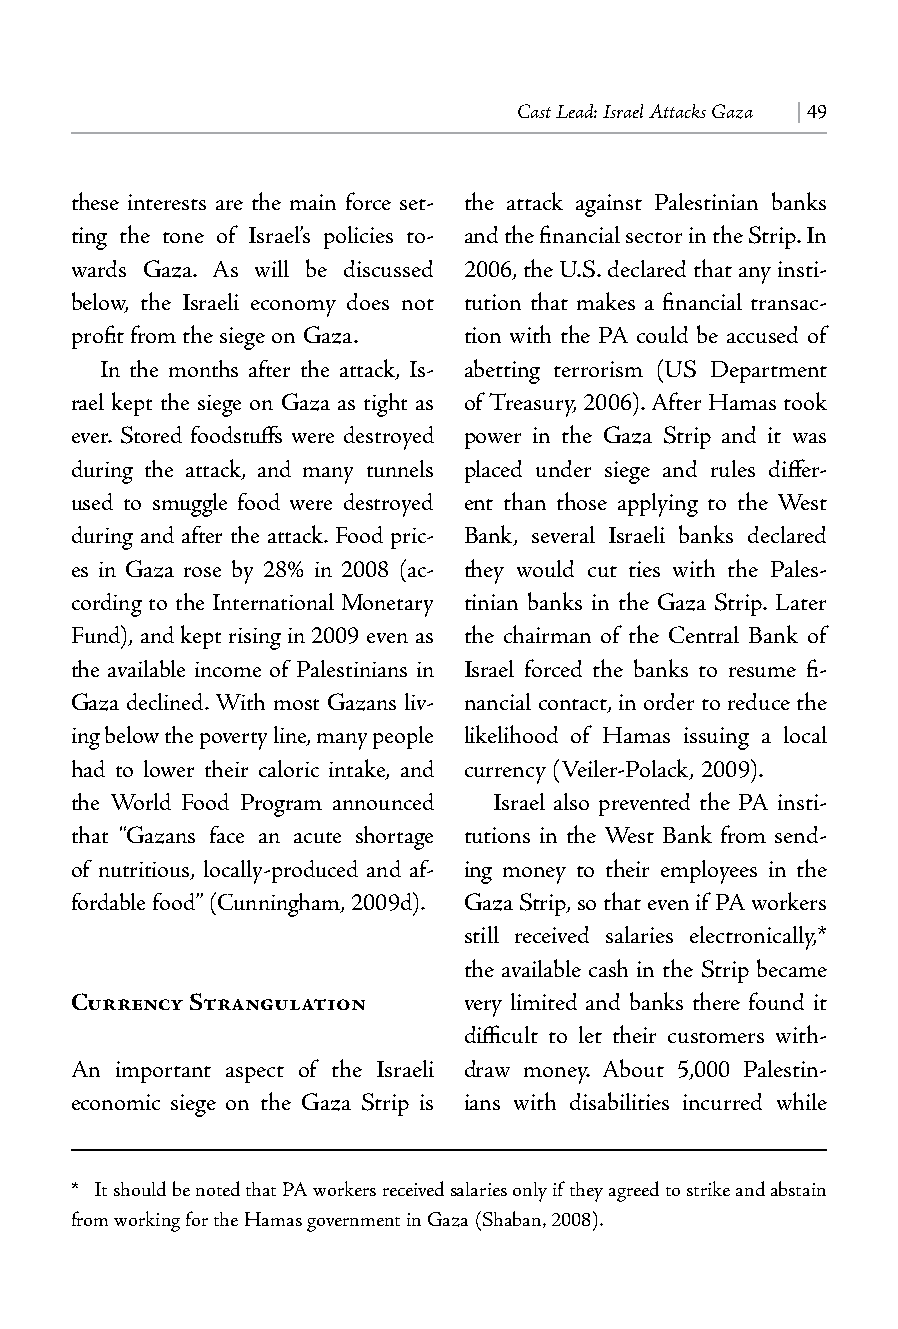
Cast Lead: Israel Attacks Gaza | 49
 these interests are the main force set- the attack against Palestinian banks
 ting the tone of Israel’s policies to- and the financial sector in the Strip. In
 wards Gaza. As will be discussed 2006, the U.S. declared that any insti-
 below, the Israeli economy does not tution that makes a financial transac-
 profit from the siege on Gaza. tion with the PA could be accused of
 In the months after the attack, Is- abetting terrorism (US Department
 rael kept the siege on Gaza as tight as of Treasury, 2006). After Hamas took
 ever. Stored foodstuffs were destroyed power in the Gaza Strip and it was
 during the attack, and many tunnels placed under siege and rules differ-
 used to smuggle food were destroyed ent than those applying to the West
 during and after the attack. Food pric- Bank, several Israeli banks declared
 es in Gaza rose by 28% in 2008 (ac- they would cut ties with the Pales-
 cording to the International Monetary tinian banks in the Gaza Strip. Later
 Fund), and kept rising in 2009 even as the chairman of the Central Bank of
 the available income of Palestinians in Israel forced the banks to resume fi-
 Gaza declined. With most Gazans liv- nancial contact, in order to reduce the
 ing below the poverty line, many people likelihood of Hamas issuing a local
 had to lower their caloric intake, and currency (Veiler-Polack, 2009).
 the World Food Program announced Israel also prevented the PA insti-
 that “Gazans face an acute shortage tutions in the West Bank from send-
 of nutritious, locally-produced and af- ing money to their employees in the
 fordable food” (Cunningham, 2009d). Gaza Strip, so that even if PA workers
 still received salaries electronically,*
 the available cash in the Strip became
 Currency Strangulation    very limited and banks there found it
 difficult to let their customers with-
 An important aspect of the Israeli draw money. About 5,000 Palestin-
 economic siege on the Gaza Strip is ians with disabilities incurred while
 * It should be noted that PA workers received salaries only if they agreed to strike and abstain
 from working for the Hamas government in Gaza (Shaban, 2008).